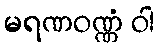
မရဏဝဏ္ဏံ ဝါ